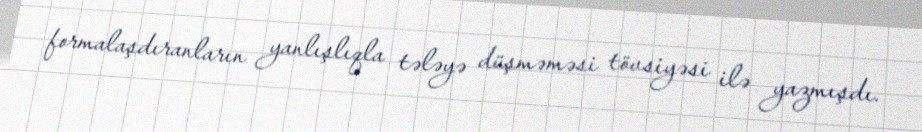
formalaşdıranların yanlışlıqla tələyə düşməməsi tövsiyəsi ilə yazmışdı.